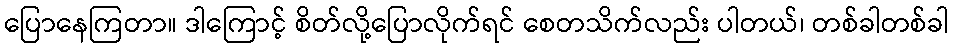
ပြောနေကြတာ။ ဒါကြောင့် စိတ်လို့ပြောလိုက်ရင် စေတသိက်လည်း ပါတယ်၊ တစ်ခါတစ်ခါ